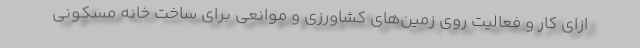
ازای کار و فعالیت روی زمین‌های کشاورزی و موانعی برای ساخت خانه مسکونی